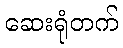
ဆေးရုံတက်